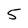
Character: 5